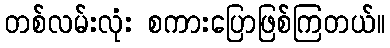
တစ်လမ်းလုံး စကားပြောဖြစ်ကြတယ်။